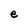
Character: e